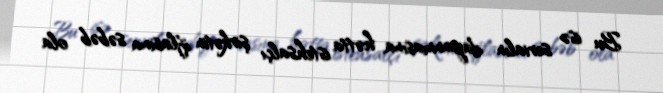
Bu isə serialın dayanmasına, hətta istehsalçı şirkətin iflasına səbəb ola